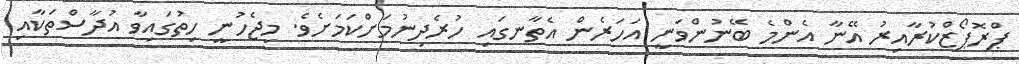
ޕްރޮޕޯޒްކުރާއިރު އޭނާ އެންމެ ބޭނުންވަނީ އަހަރެން އެތާނގައި ހުރެދިނުމަށްކަމަށެވެ. މިޖެހުނީ ހިތުގައިވާ އުދާސްތަކާއި